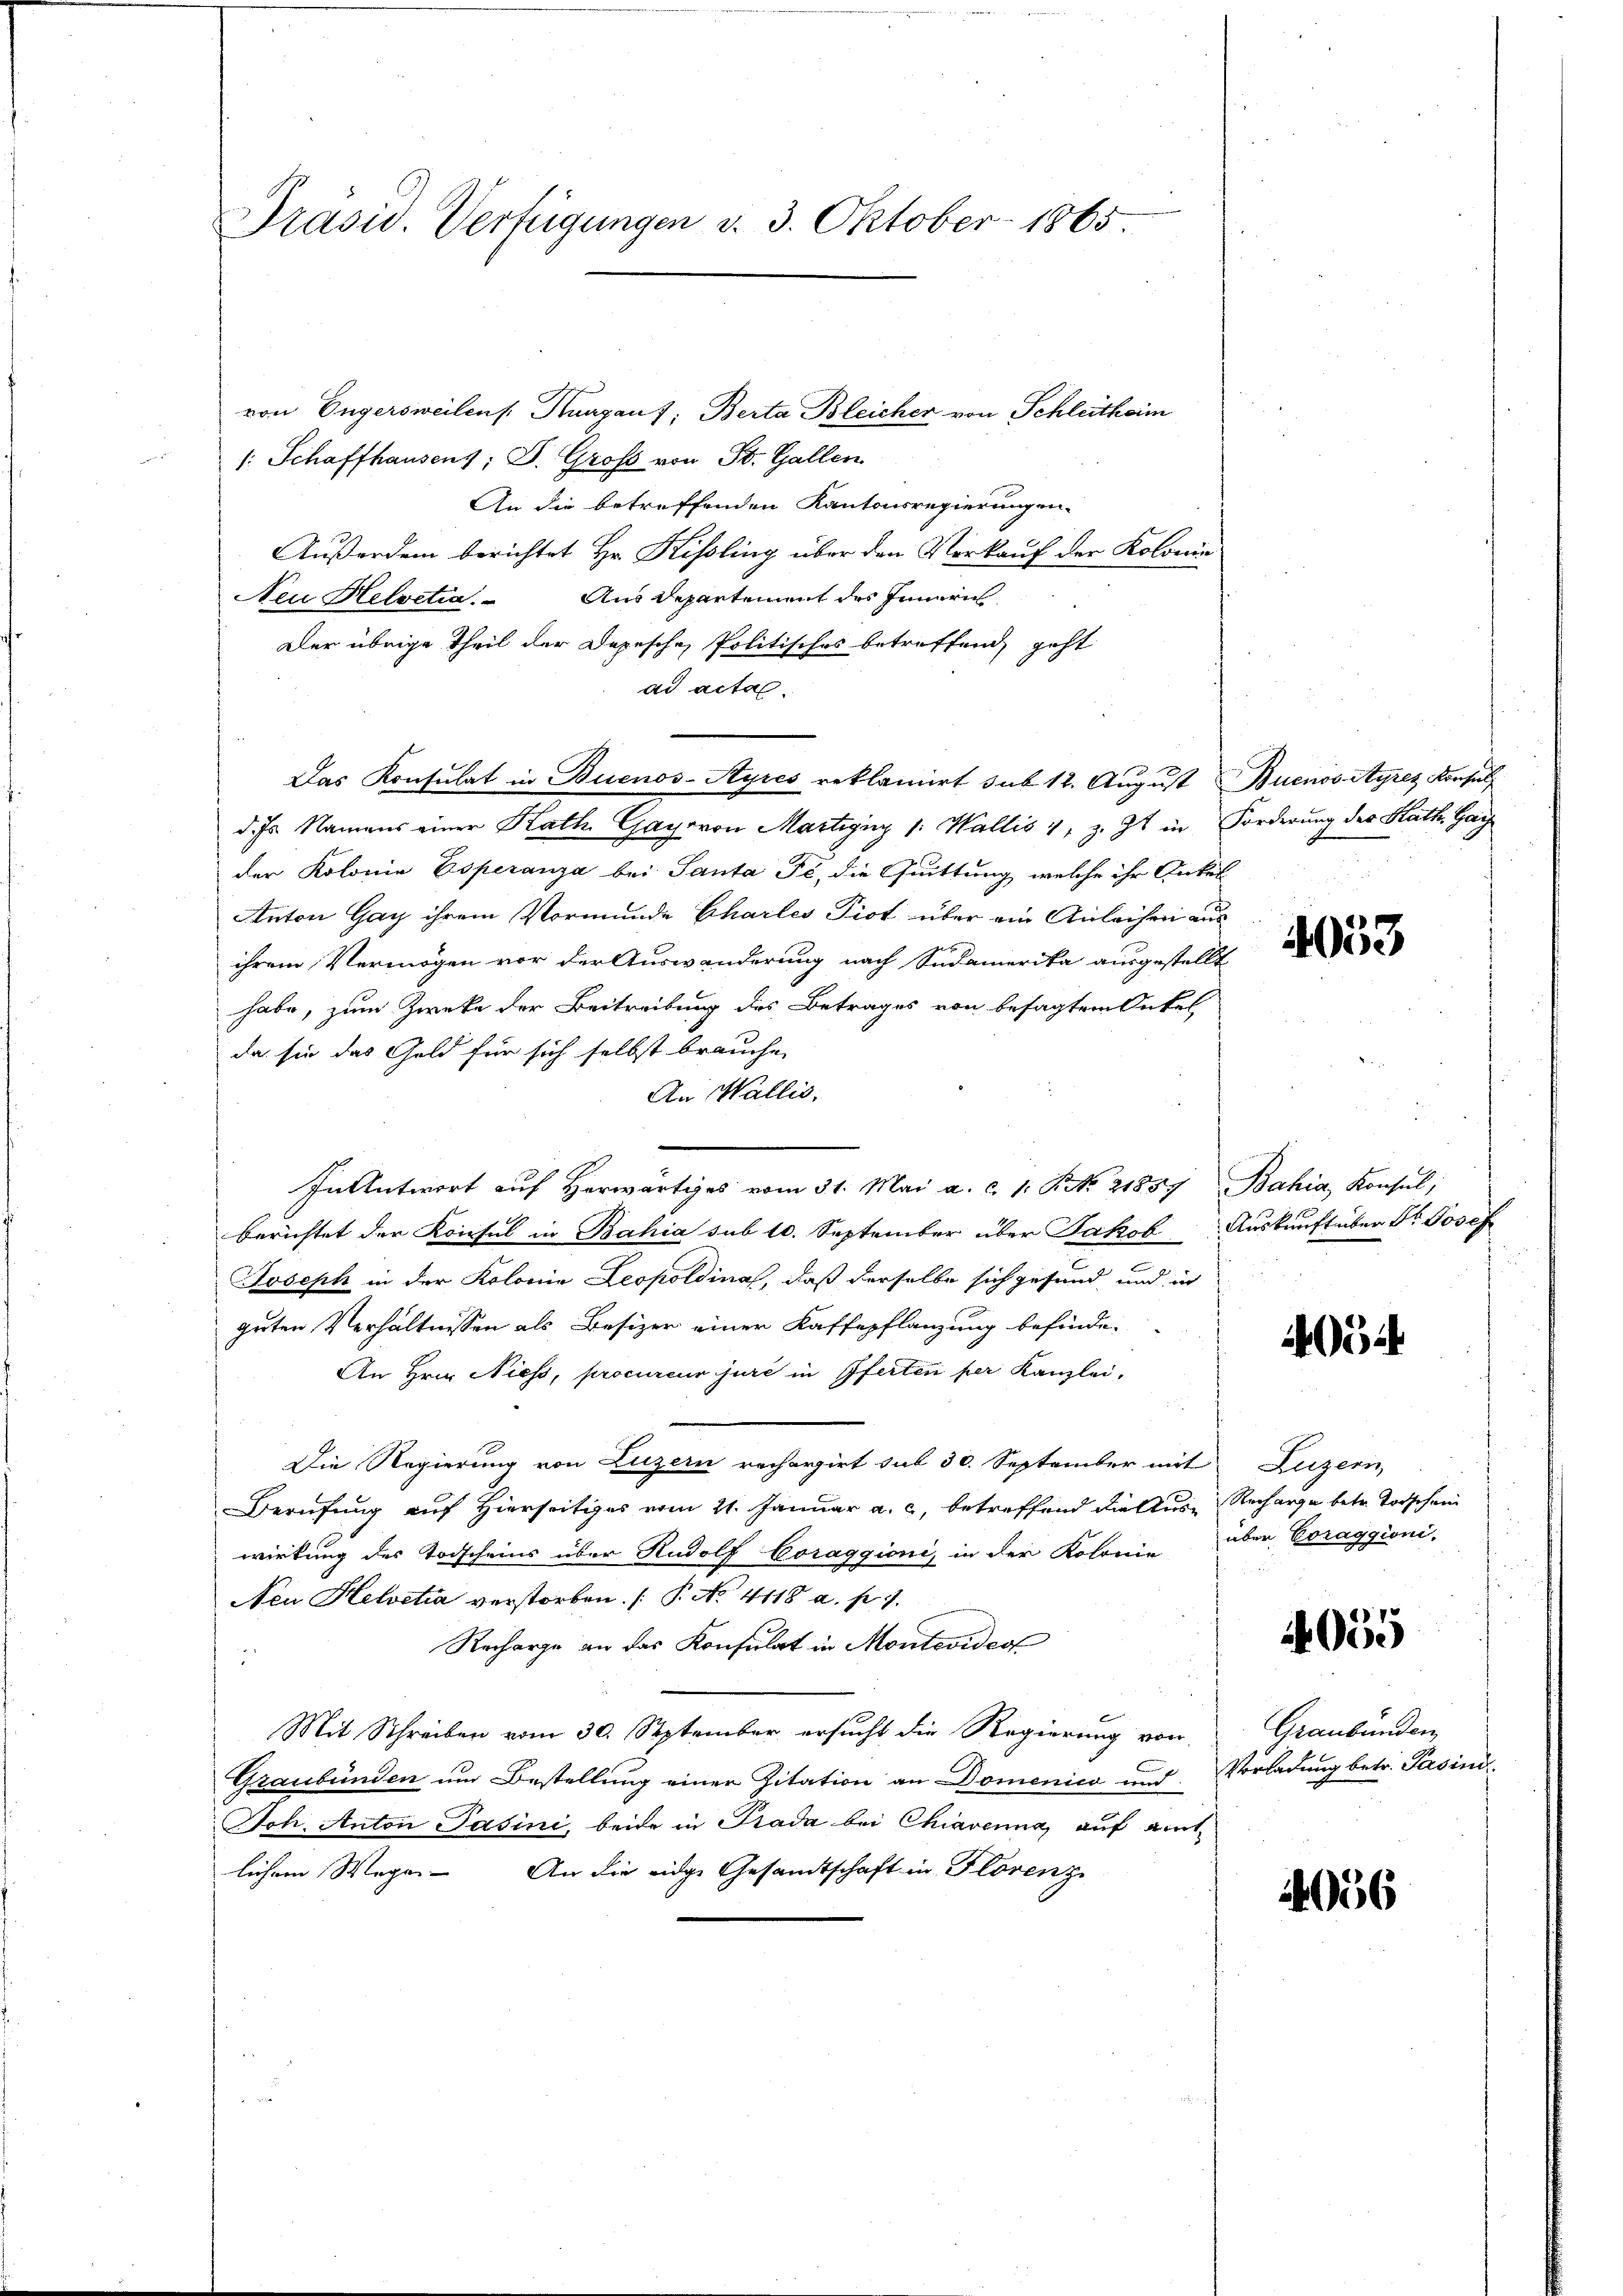
Präsid. Verfügungen d. 3. Oktober 1865.

von Engersweilens. Kurgauf; Berta Bleicher von Schleitheim
/: Schaffhausens; D. Groß von St. Gallen
An die betreffenden Kantonsregierungen.
Außerdem berichtet Hr. Kisling über den Vorkauf der Kolonie
Nei Helvetia. Aus Departement des Innern
Der übrige Theil der Depesche Politisches betreffend, geht
ad acta.
Das Konsulat in Buenos-Ayres reklamirt sub 12. August Buenos Ayres Konsul
d. Js. Namens einer Rath Gayovon Martigung 1. Wallis 1, z. Zt. in Forderung der Kath Gay
der Kolonia Esperanza bei Santa Fc, die Quittung, welche ihr Antel
Anton Gay ihrem Vormunde Charles Piot über ain Anleihen aus
ihrem Vermögen vor der Auswanderung nach Südamerika ausgestellt
habe, zum Zwecke der Beitreibung des Betrages von besagtem Onkel
da sie das Geld für sich selbst brauche
An Wallis.
In Antwort auf Herwärtiges vom 31. Mai a. c. 1: P. Nr. 21857 Bahia, Konsul,
berichtet der Konsul in Bahia sub 10. September über Jakob Auskunft über Dr. Josef
Joseph in der Kolonia Leopoldina, daß derselbe sich gesund, und in
guten Verhältnissen als Besizer einer Kaffepflanzung befinden
An Hrn. Niess, procureur jure in Pferten per Kanzlei,
Die Regierung von Luzern rechargirt sub 30. September mit Luzern,
Berufung auf Hierseitiges vom 21. Januar a. c. betreffend dieses Recharge betr. Torschein
wirkung des Todscheins über Rudolf Coraggioni, in der Kolonie aber Voraggioni,
Neu Helvetia verstorben. ( P. No. 4118 a. p. 9.
Recharge an das Konsulat in Montevideot
Mit Schreiben vom 30. September ersucht die Regierung von
Graubünden um Bestellung einer Zitation an Domenica und Vorladung betr. Pasini
Sch. Anton Pasini, beide in Prada bei Chiavenna, auf amt
lichem Wege. An die eidge Gesandtschaft in Florenz

4053

4

4055

Graubünden

4036